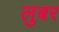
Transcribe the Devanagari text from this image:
लुबर